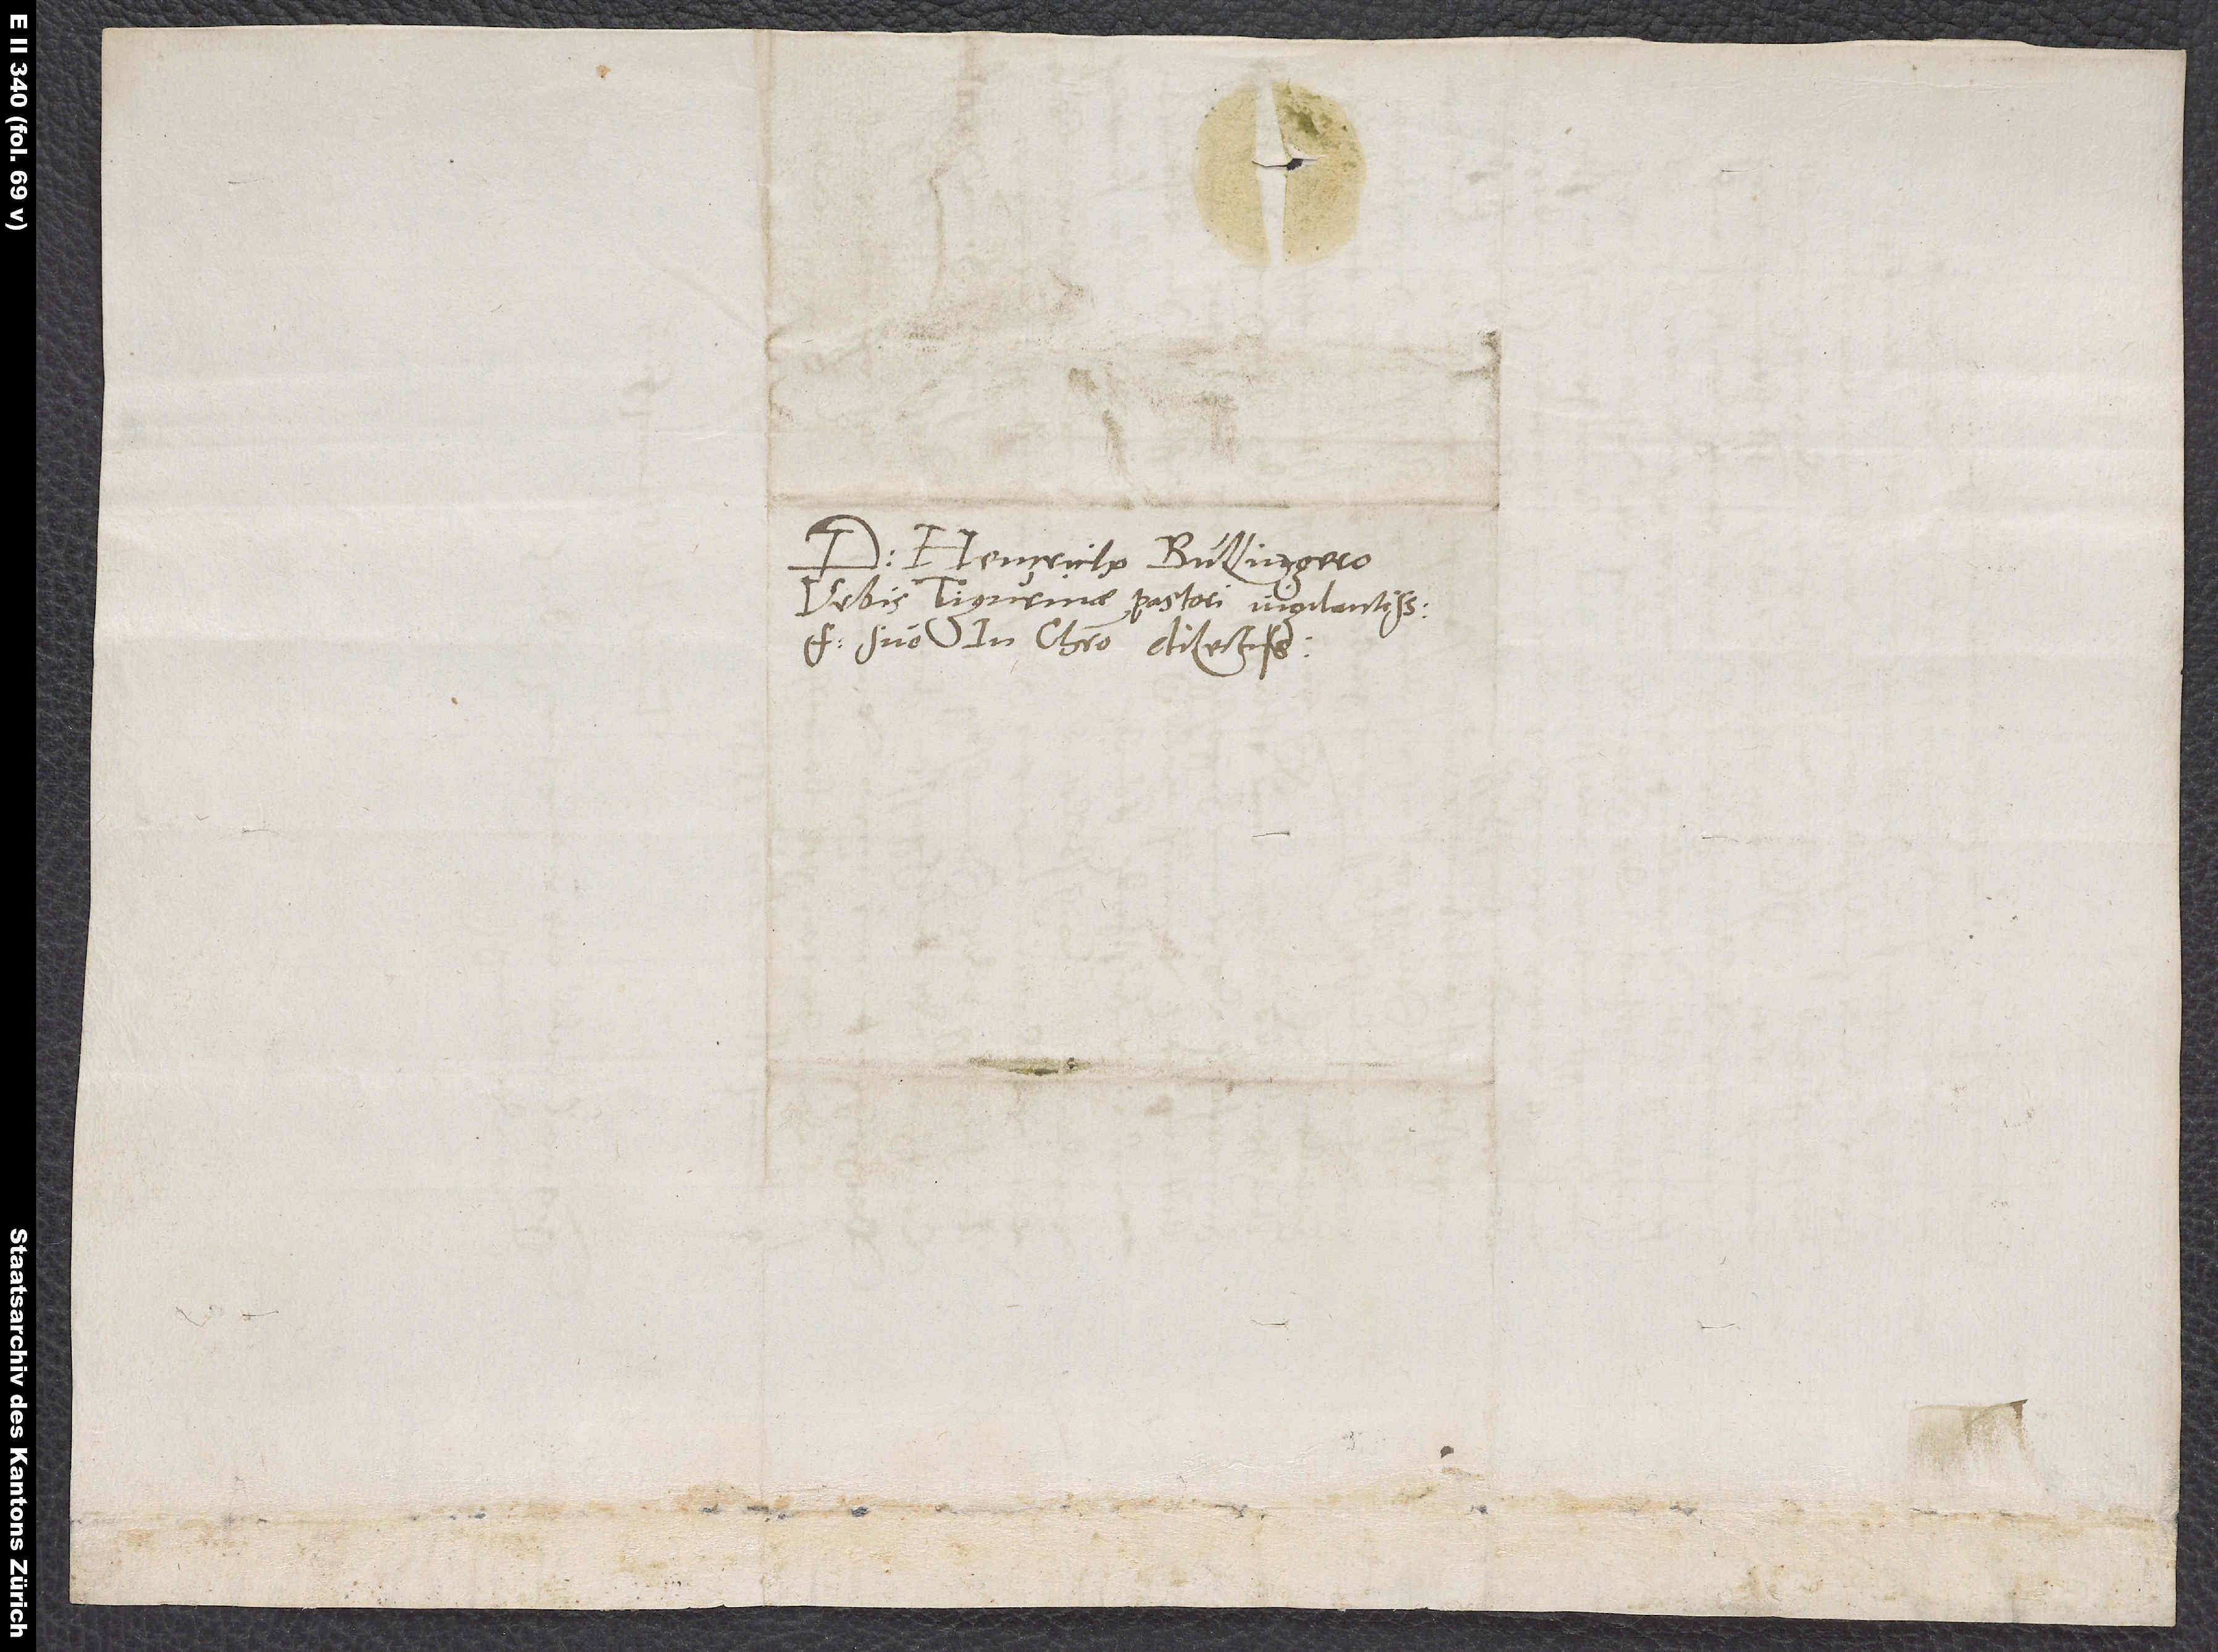
Domino Heinricho Bullingero,
urbis Tigurinae pastori vigilantissimo,
suo in Christo dilectissimo.